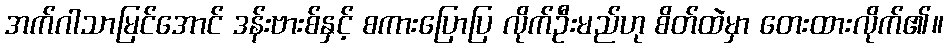
အက်ဂါသာမြင်အောင် ဒန်းဗားစ်နှင့် စကားပြောပြ လိုက်ဦးမည်ဟု စိတ်ထဲမှာ တေးထားလိုက်၏။